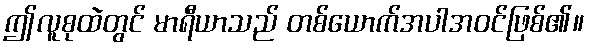
ဤလူစုထဲတွင် မာရီယာသည် တစ်ယောက်အပါအဝင်ဖြစ်၏။